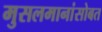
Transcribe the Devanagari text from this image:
मुसलमानांसोबत